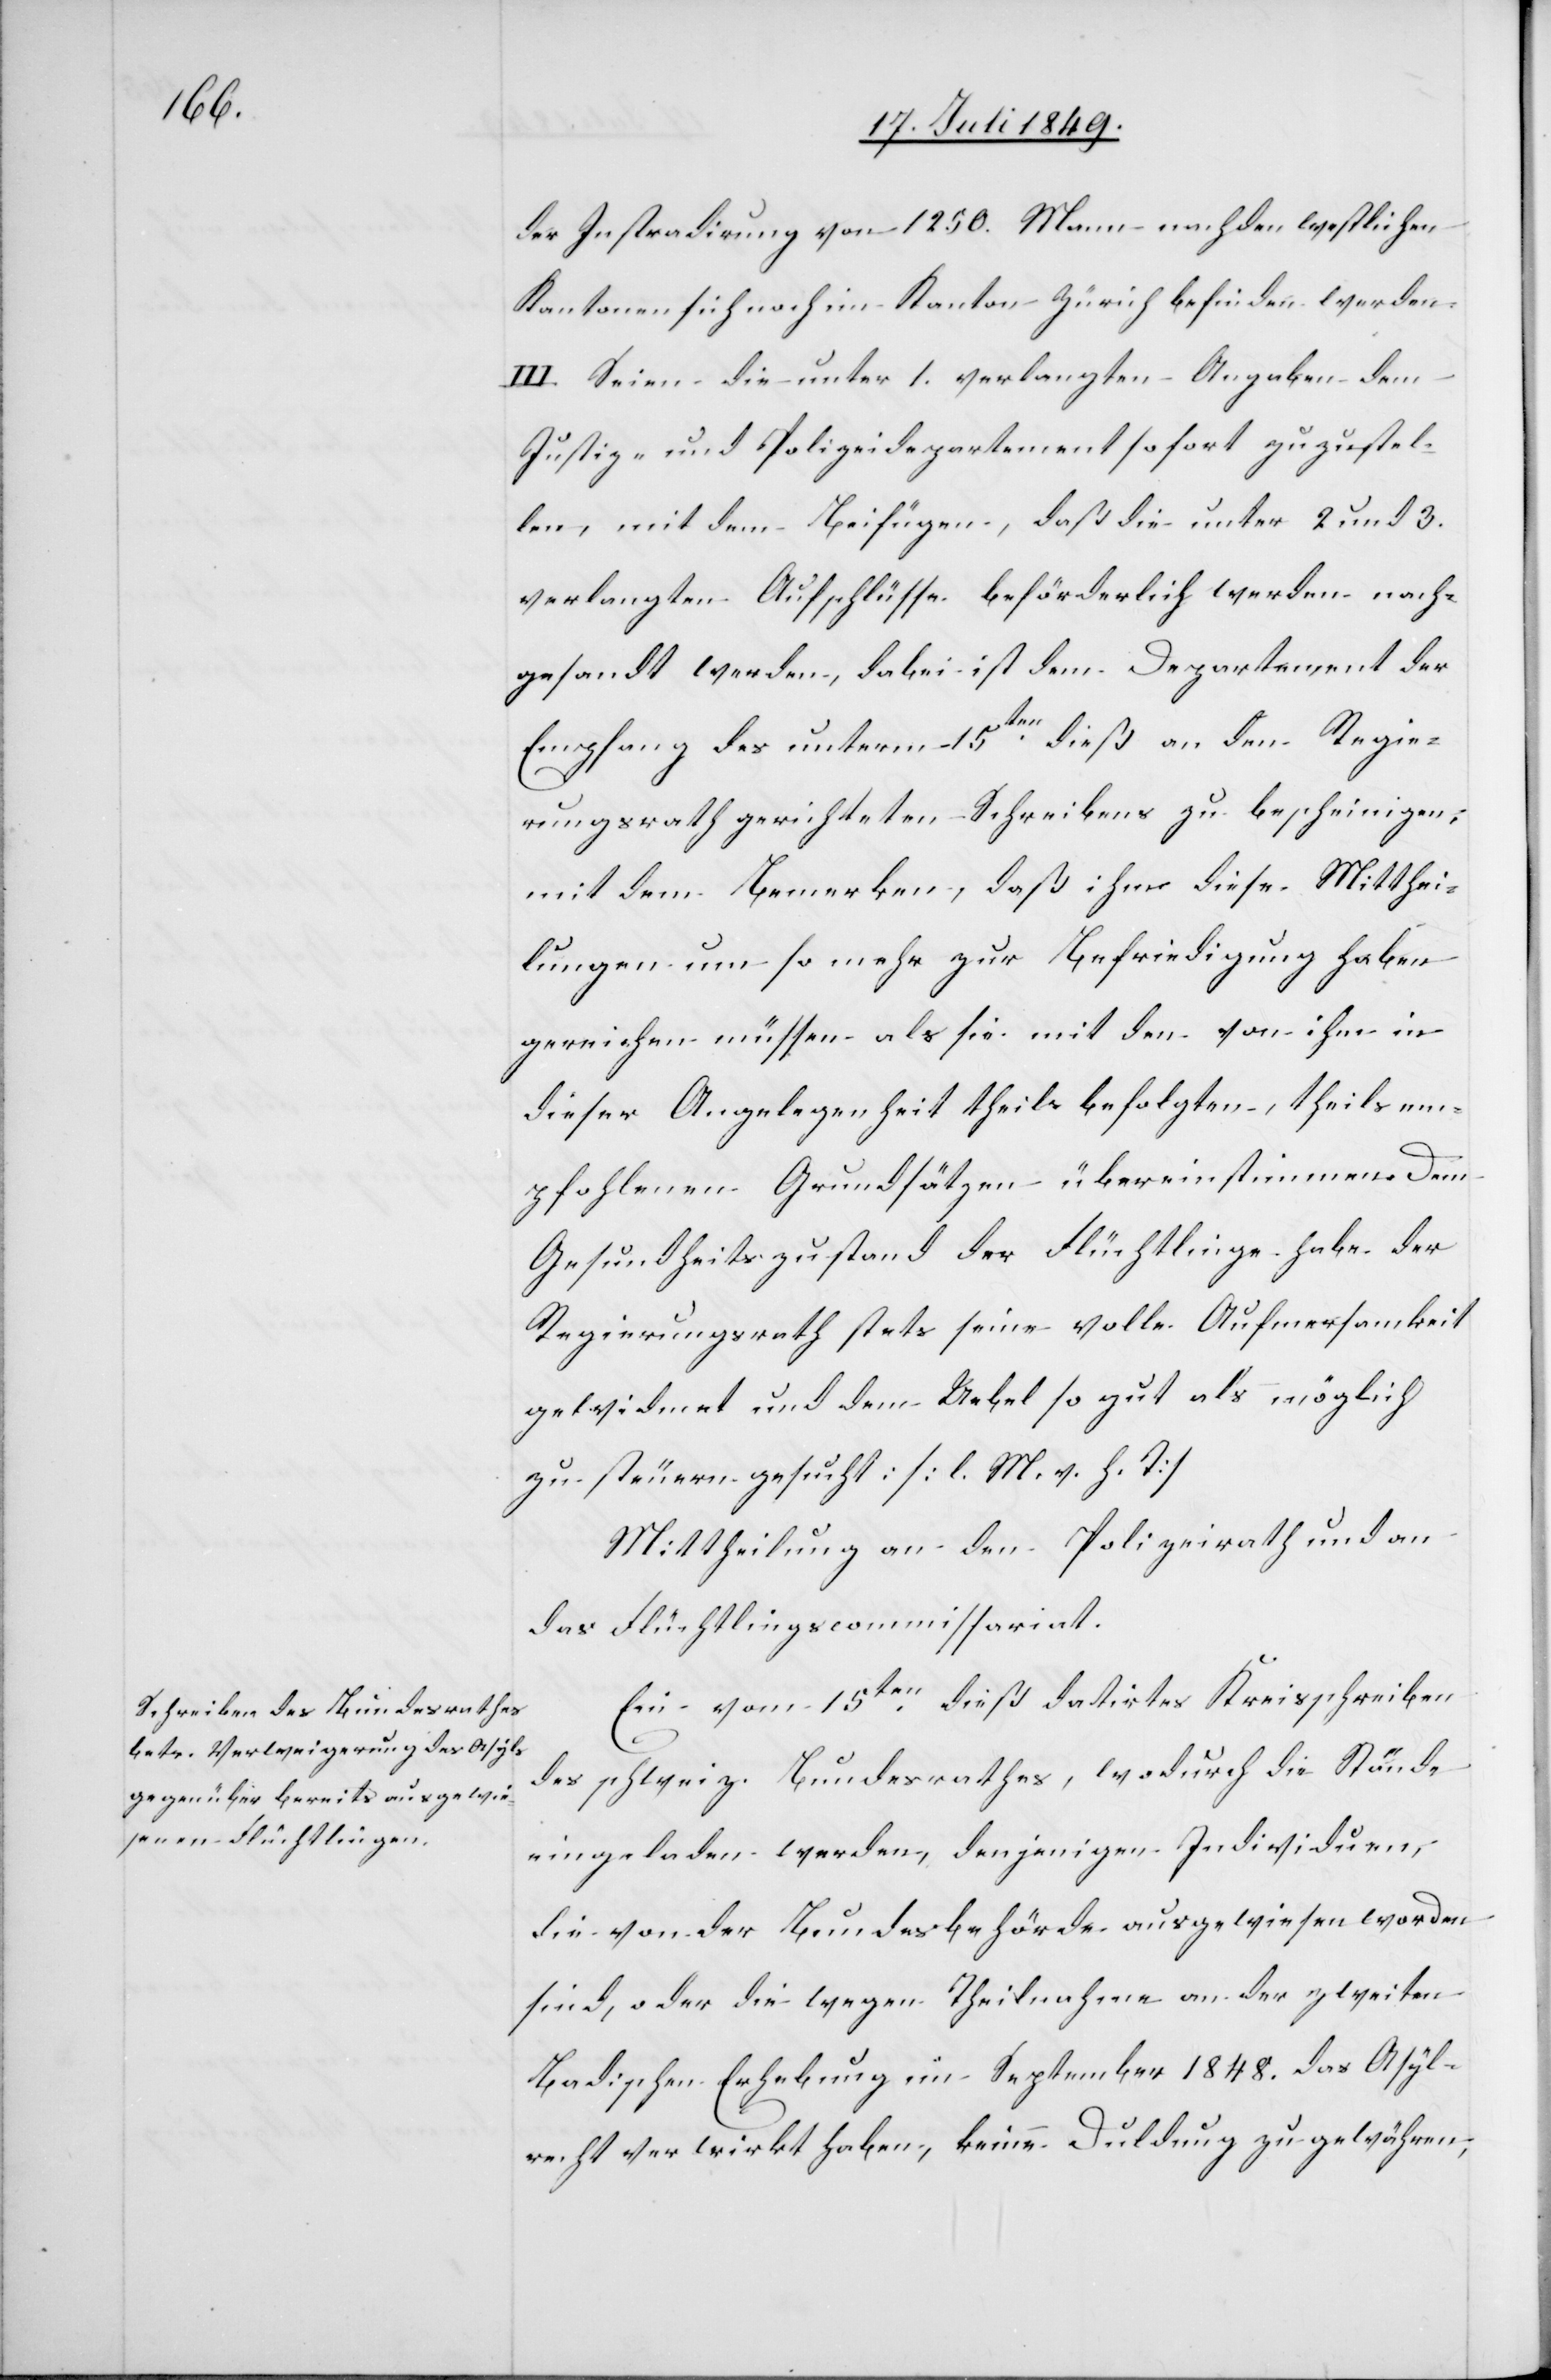
der Instradirung von 1250. Mann nach den westlichen
Kantonen sich noch im Kanton Zürich befinden werden.
III. Seien die unter 1. verlangten Angaben dem
Justiz- und Polizeidepartement sofort zustel¬
len, mit dem Beifügen, daß die unter 2 und 3.
verlangten Aufschlüsse beförderlich werden nach¬
gesandt werden, dabei ist dem Departement der
Empfang des unterm 15ten dieß an den Regie¬
rungsrath gerichteten Schreibens zu bescheinigen:
mit dem Bemerken, daß ihm diese Mitthei¬
lungen um so mehr zur Befriedigung haben
gereichen müssen als sie mit den von ihm in
dieser Angelegenheit theils befolgten, theils em¬
pfohlenen Grundsätzen übereinstimmen. Dem
Gesundheitszustand der Flüchtlinge habe der
Regierungsrath stets seine volle Aufmerksamkeit
gewidmet und dem Uebel so gut als möglich
zu steuern gesucht: [l. M. v. h. T]
Mittheilung an den Polizeirath und an
das Flüchtlingscommissariat.
Ein vom 15ten dieß datirtes Kreisschreiben
des schweiz. Bundesrathes, wodurch die Stände
eingeladen werden, denjenigen Individuen,
die von der Bundesbehörde ausgewiesen worden
sind, oder die wegen Theilnahme an der zweiten
badischen Erhebung im September 1848. das Asyl¬
recht verwirkt haben, keine Duldung zu gewähren;